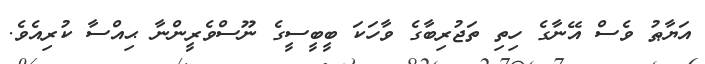
އަޔާޠު ވެސް އޭނާގެ ހިތި ތަޖުރިބާގެ ވާހަކަ ބީބީސީގެ ނޫސްވެރީންނާ ޙިއްސާ ކުރިއެވެ.